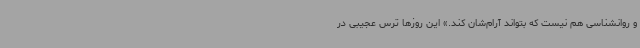
و روانشناسی هم نیست که بتواند آرام‌شان کند.» این روزها ترس عجیبی در